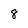
Character: 8